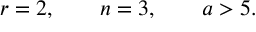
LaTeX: r = 2 , \qquad n = 3 , \qquad a > 5 .